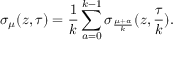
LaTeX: \sigma _ { \mu } ( z , \tau ) = \frac { 1 } { k } \sum _ { a = 0 } ^ { k - 1 } \sigma _ { \frac { \mu + a } { k } } ( z , \frac { \tau } { k } ) .